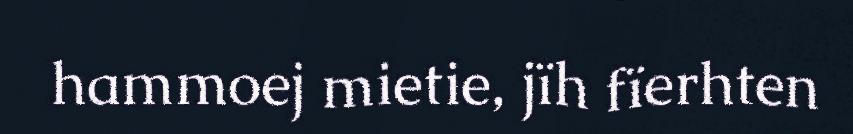
hammoej mietie, jïh fïerhten